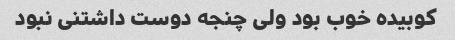
کوبیده خوب بود ولی چنجه دوست داشتنی نبود